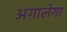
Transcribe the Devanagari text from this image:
अगालेगा